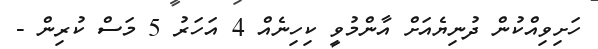
ހަށިވިއްކުން ދުނިޔެއަށް އާންމުވީ ކިހިނެއް 4 އަހަރު 5 މަސް ކުރިން -